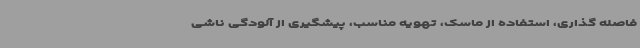
فاصله گذاری، استفاده از ماسک، تهویه مناسب، پیشگیری از آلودگی ناشی